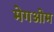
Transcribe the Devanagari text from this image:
मेगओम